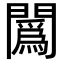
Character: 䦱